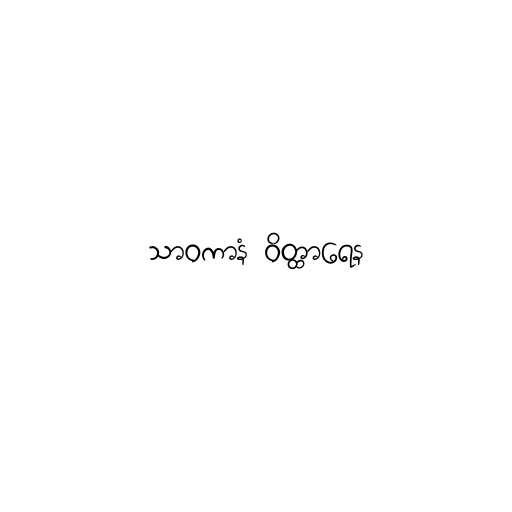
သာဝကာနံ ဝိတ္ထာရေန